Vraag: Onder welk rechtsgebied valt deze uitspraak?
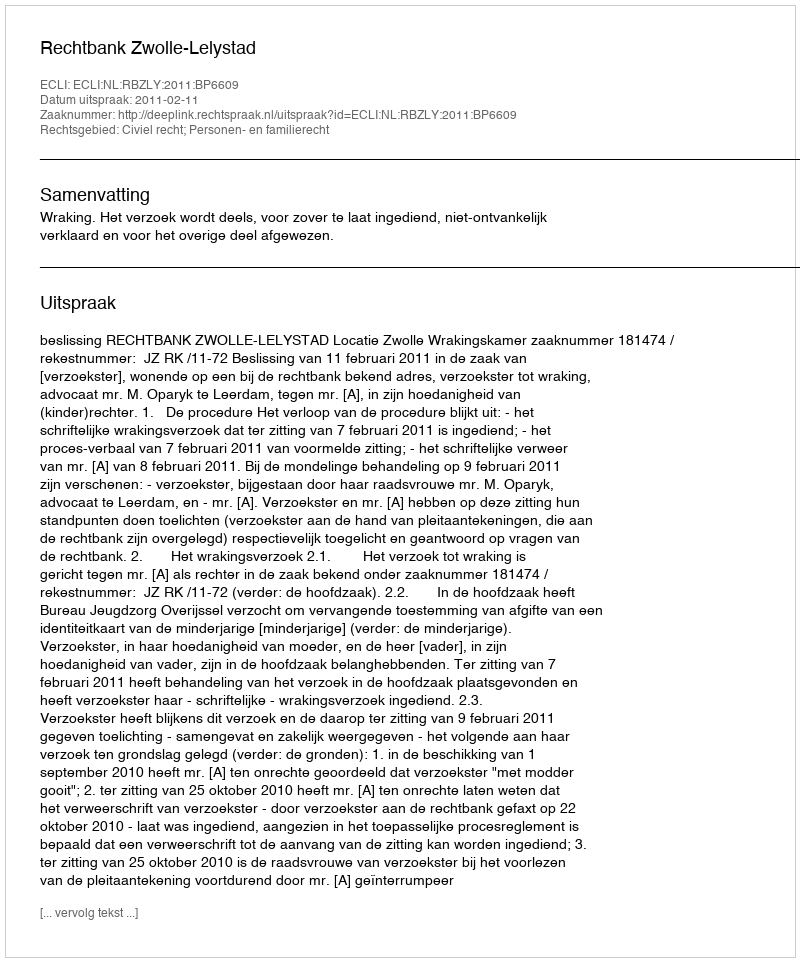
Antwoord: Civiel recht; Personen- en familierecht